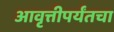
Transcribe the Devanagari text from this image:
आवृत्तीपर्यंतचा